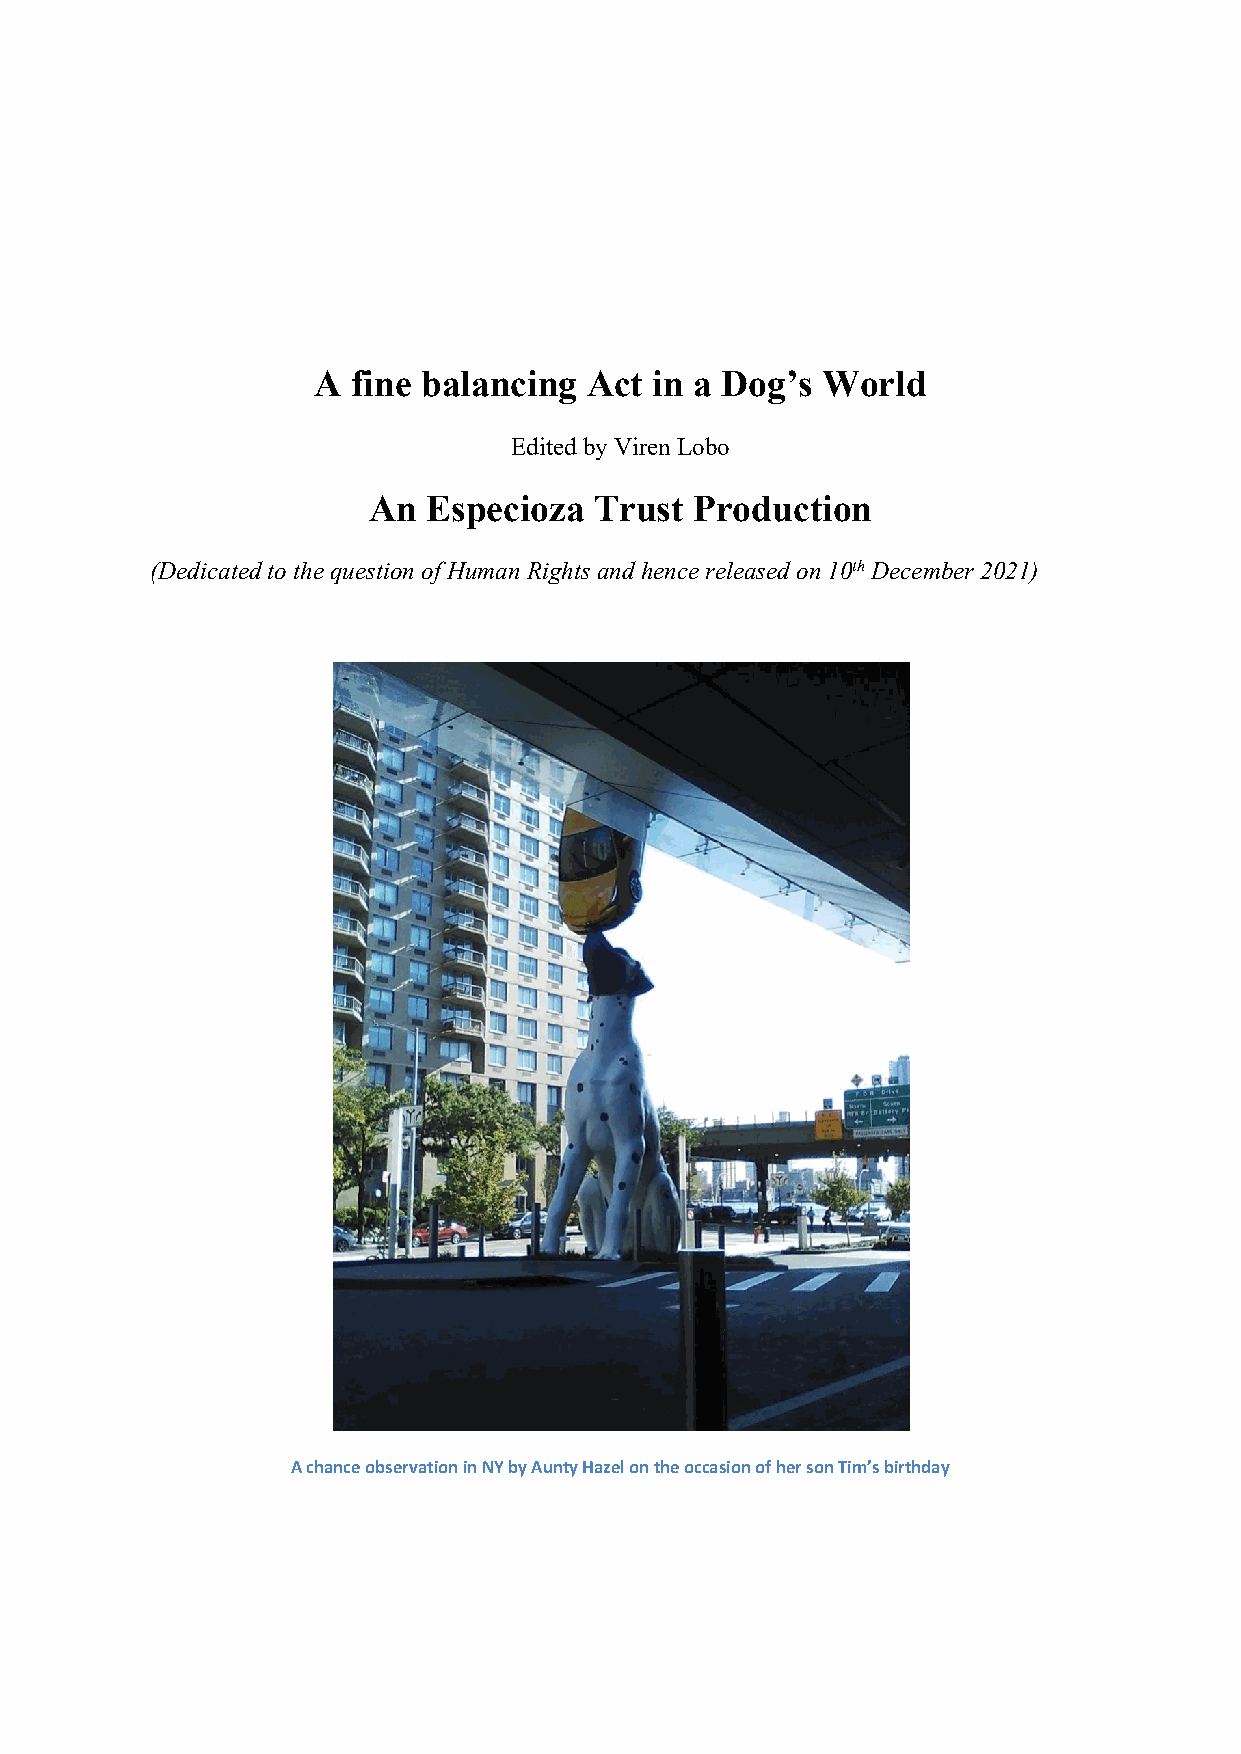
A fine balancing  Act in a Dog’s World
 Edited byViren Lobo
 An  Especioza  Trust  Production
 (Dedicated to thequestion of Human Rights andhence released on10th December 2021)
 AchanceobservationinNYbyAuntyHazelontheoccasionofhersonTim’sbirthday